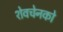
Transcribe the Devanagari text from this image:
शेवचेनको